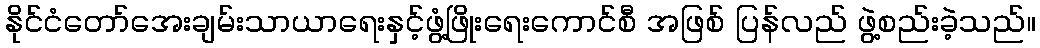
နိုင်ငံတော်အေးချမ်းသာယာရေးနှင့်ဖွံ့ဖြိုးရေးကောင်စီ အဖြစ် ပြန်လည် ဖွဲ့စည်းခဲ့သည်။